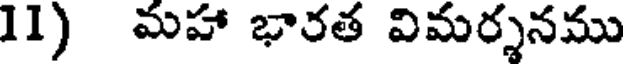
11) మహా భారత విమర్శనము